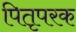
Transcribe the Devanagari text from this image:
पितृपरक